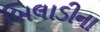
બિલાડીના